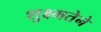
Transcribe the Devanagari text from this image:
शुक्ष्मतेने